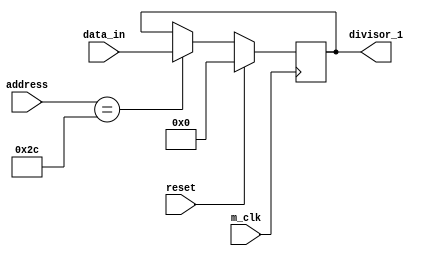
//Divisior latch to baud rate generator

module DIVISOR_LATCH_LS(output reg [7:0] divisor_1,input wire m_clk,input wire reset,input wire [15:0] address,input wire [7:0] data_in);

always @(posedge m_clk)
 begin
  if(reset==1'b1)
   begin
    divisor_1<=8'h00;
   end
else begin
  if(address==16'h002c)
   begin
   divisor_1<=data_in[7:0];
   end
 end
 end
endmodule